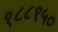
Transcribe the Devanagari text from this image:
१८८१५०